Annual report of the Imperial Bacteriological Laboratory, Muktesar
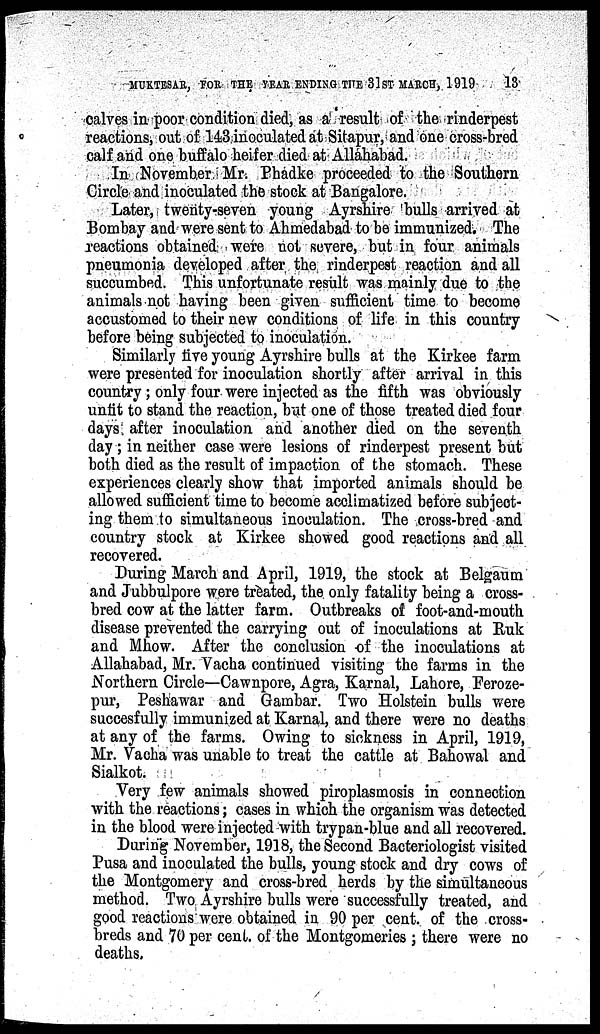
MUKTESAR, FOR THE YEAR ENDING THE 31ST MARCH, 1919
13
calves in poor condition died, as a result of the rinderpest
reactions, out of 143 inoculated at Sitapur, and one cross-bred
calf and one buffalo heifer died at Allahabad.
In November Mr. Phadke proceeded to the Southern
Circle and inoculated the stock at Bangalore.
Later, twenty-seven young Ayrshire bulls arrived at
Bombay and were sent to Ahmedabad to be immunized. The
reactions obtained were not severe, but in four animals
pneumonia developed after the rinderpest reaction and all
succumbed. This unfortunate result was mainly due to the
animals not having been given sufficient time to become
accustomed to their new conditions of life in this country
before being subjected to inoculation.
Similarly five young Ayrshire bulls at the Kirkee farm
were presented for inoculation shortly after arrival in this
country; only four were injected as the fifth was obviously
unfit to stand the reaction, but one of those treated died four
days after inoculation and another died on the seventh
day ; in neither case were lesions of rinderpest present but
both died as the result of impaction of the stomach. These
experiences clearly show that imported animals should be
allowed sufficient time to become acclimatized before subject-
ing them to simultaneous inoculation. The cross-bred and
country stock at Kirkee showed good reactions and all
recovered.
During March and April, 1919, the stock at Belgaum
and Jubbulpore were treated, the only fatality being a cross-
bred cow at the latter farm. Outbreaks of foot-and-mouth
disease prevented the carrying out of inoculations at Ruk
and Mhow. After the conclusion of the inoculations at
Allahabad, Mr. Vacha continued visiting the farms in the
Northern Circle—Cawnpore, Agra, Karnal, Lahore, Feroze-
pur, Peshawar and Gambar. Two Holstein bulls were
succesfully immunized at Karnal, and there were no deaths
at any of the farms. Owing to sickness in April, 1919,
Mr. Vacha was unable to treat the cattle at Bahowal and
Sialkot.
Very few animals showed piroplasmosis in connection
with the reactions ; cases in which the organism was detected
in the blood were injected with trypan-blue and all recovered.
During November, 1918, the Second Bacteriologist visited
Pusa and inoculated the bulls, young stock and dry cows of
the Montgomery and cross-bred herds by the simultaneous
method. Two Ayrshire bulls were successfully treated, and
good reactions were obtained in 90 per cent. of the cross¬
breds and 70 per cent. of the Montgomeries ; there were no
deaths.